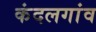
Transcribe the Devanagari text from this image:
कंदलगांव